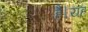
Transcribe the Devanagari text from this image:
हैै।यह